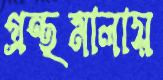
গ্রন্থমালায়